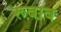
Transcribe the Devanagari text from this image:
रूबाब